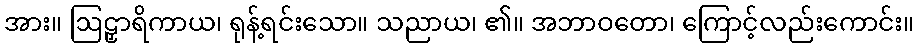
အား။ ဩဠှာရိကာယ၊ ရုန့်ရင်းသော။ သညာယ၊ ၏။ အဘာဝတော၊ ကြောင့်လည်းကောင်း။